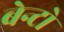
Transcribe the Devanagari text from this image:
बेन्टो